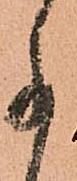
事